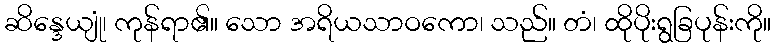
ဆိန္ဒေယျုံ၊ ကုန်ရာ၏။ သော အရိယသာဝကော၊ သည်။ တံ၊ ထိုပိုးရွခြပုန်းကို။